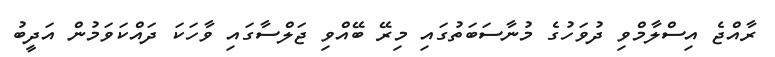
ރާއްޖެ އިސްލާމްވި ދުވަހުގެ މުނާސަބަތުގައި މިރޭ ބޭއްވި ޖަލްސާގައި ވާހަކަ ދައްކަވަމުން އަދީބު